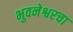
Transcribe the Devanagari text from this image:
भुवनेश्वरचा